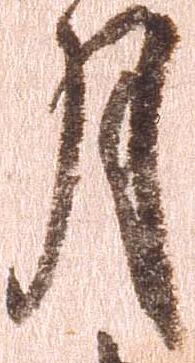
月